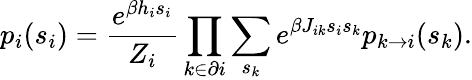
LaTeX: p_{i}(s_{i})=\frac{e^{\beta h_{i}s_{i}}}{Z_{i}}\prod_{k\in\partial i}\sum_{s_{k}}e^{\beta J_{ik}s_{i}s_{k}}p_{k\to i}(s_{k}).